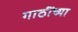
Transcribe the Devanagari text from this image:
गाठींच्या